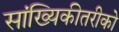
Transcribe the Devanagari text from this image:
सांख्यिकीतरीको